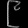
Digit: ၉